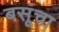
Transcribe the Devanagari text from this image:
बसूंचा